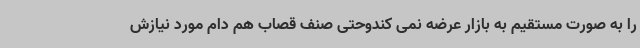
را به صورت مستقیم به بازار عرضه نمی کندوحتی صنف قصاب هم دام مورد نیازش